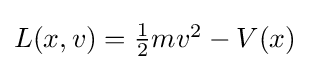
{\textstyle L(x,v)={\frac {1}{2}}mv^{2}-V(x)}